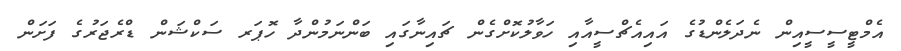
އެމްޓީސީސީއިން ނެދަލެންޑުގެ އައިއެޗްސީއާއި ހަވާލުކޮށްގެން ޗައިނާގައި ބަންނަމުންދާ ހޮޕަރ ސަކްޝަން ޑްރެޖަރުގެ ފަށަން